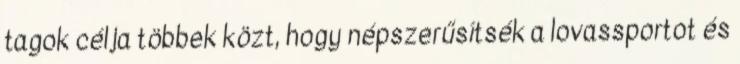
tagok célja többek közt, hogy népszerűsítsék a lovassportot és